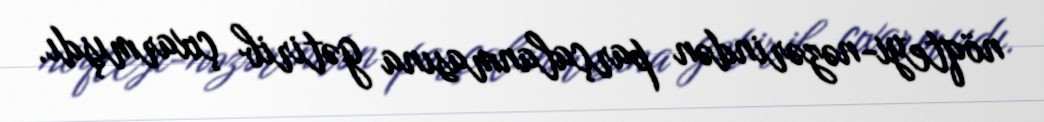
nöqteyi-nəzərindən parçalanmasına gətirib çıxarmışdı.